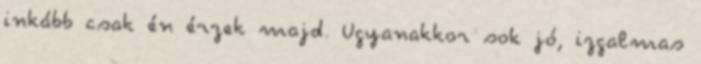
inkább csak én érzek majd. Ugyanakkor sok jó, izgalmas